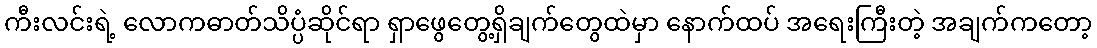
ကီးလင်းရဲ့ လောကဓာတ်သိပ္ပံဆိုင်ရာ ရှာဖွေတွေ့ရှိချက်တွေထဲမှာ နောက်ထပ် အရေးကြီးတဲ့ အချက်ကတော့